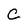
Character: C